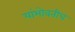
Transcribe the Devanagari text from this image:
यांभोवतीच